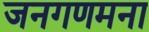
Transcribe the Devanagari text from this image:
जनगणमना